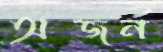
অজর্ন